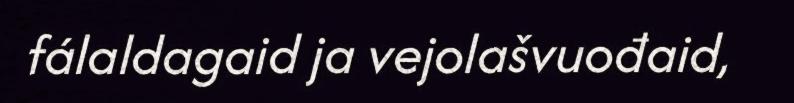
fálaldagaid ja vejolašvuođaid,